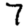
Digit: 7